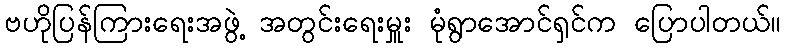
ဗဟိုပြန်ကြားရေးအဖွဲ့ အတွင်းရေးမှူး မုံရွာအောင်ရှင်က ပြောပါတယ်။